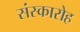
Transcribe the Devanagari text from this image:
संस्कारोह